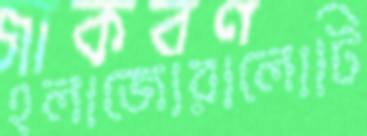
হলাজোরালোটি